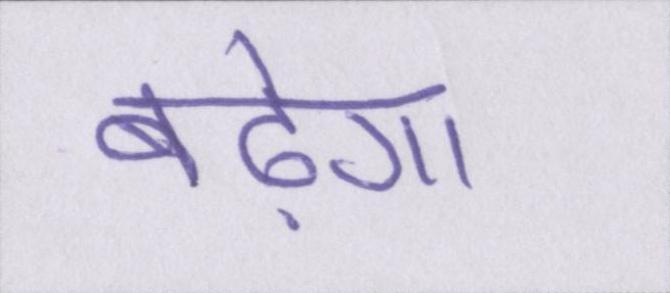
बढ़ेगा